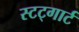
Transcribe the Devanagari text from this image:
स्टट्गार्ट